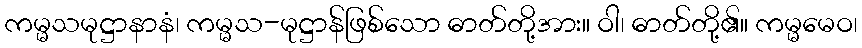
ကမ္မသမုဋ္ဌာနာနံ၊ ကမ္မသ-မုဋ္ဌာန်ဖြစ်သော ဓာတ်တို့အား။ ဝါ၊ ဓာတ်တို့၏။ ကမ္မမေဝ၊